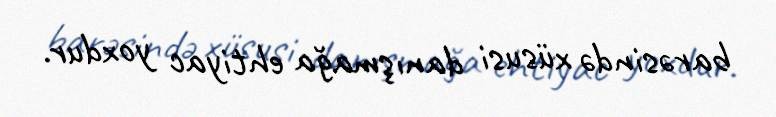
barəsində xüsusi danışmağa ehtiyac yoxdur.